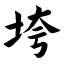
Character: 垮